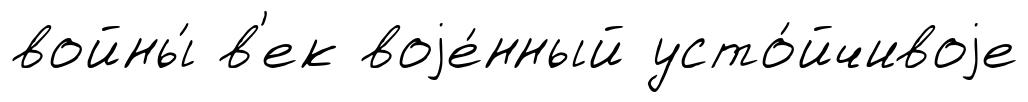
войны́ в'ек воjе́нный усто́йчивоjе